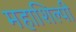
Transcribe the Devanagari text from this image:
महाशिल्पी